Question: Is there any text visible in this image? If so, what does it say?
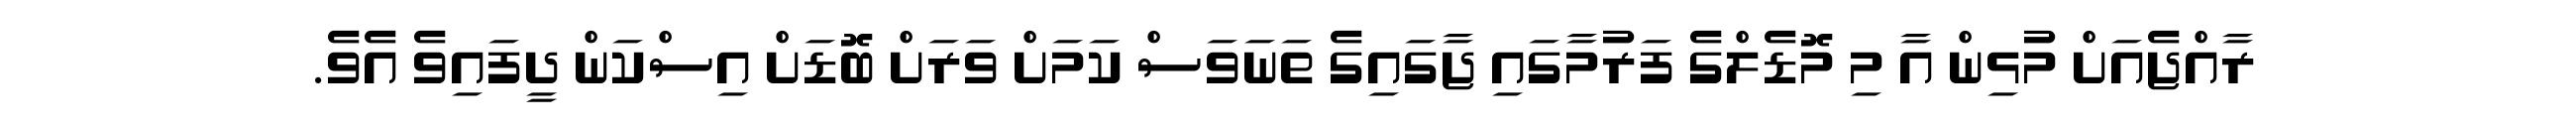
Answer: ރާއްޖެއަށް މުޅިން އާ މި މޮޑެލްގެ ފަރުމާގައި ޖާގައިގެ ތަނަވަސް ކަމަށް ވަރަށް ބޮޑަށް އިސްކަން ދީފައިވެ އެވެ.